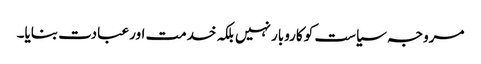
مروجہ سیاست کو کاروبار نہیں بلکہ خدمت اور عبادت بنایا۔